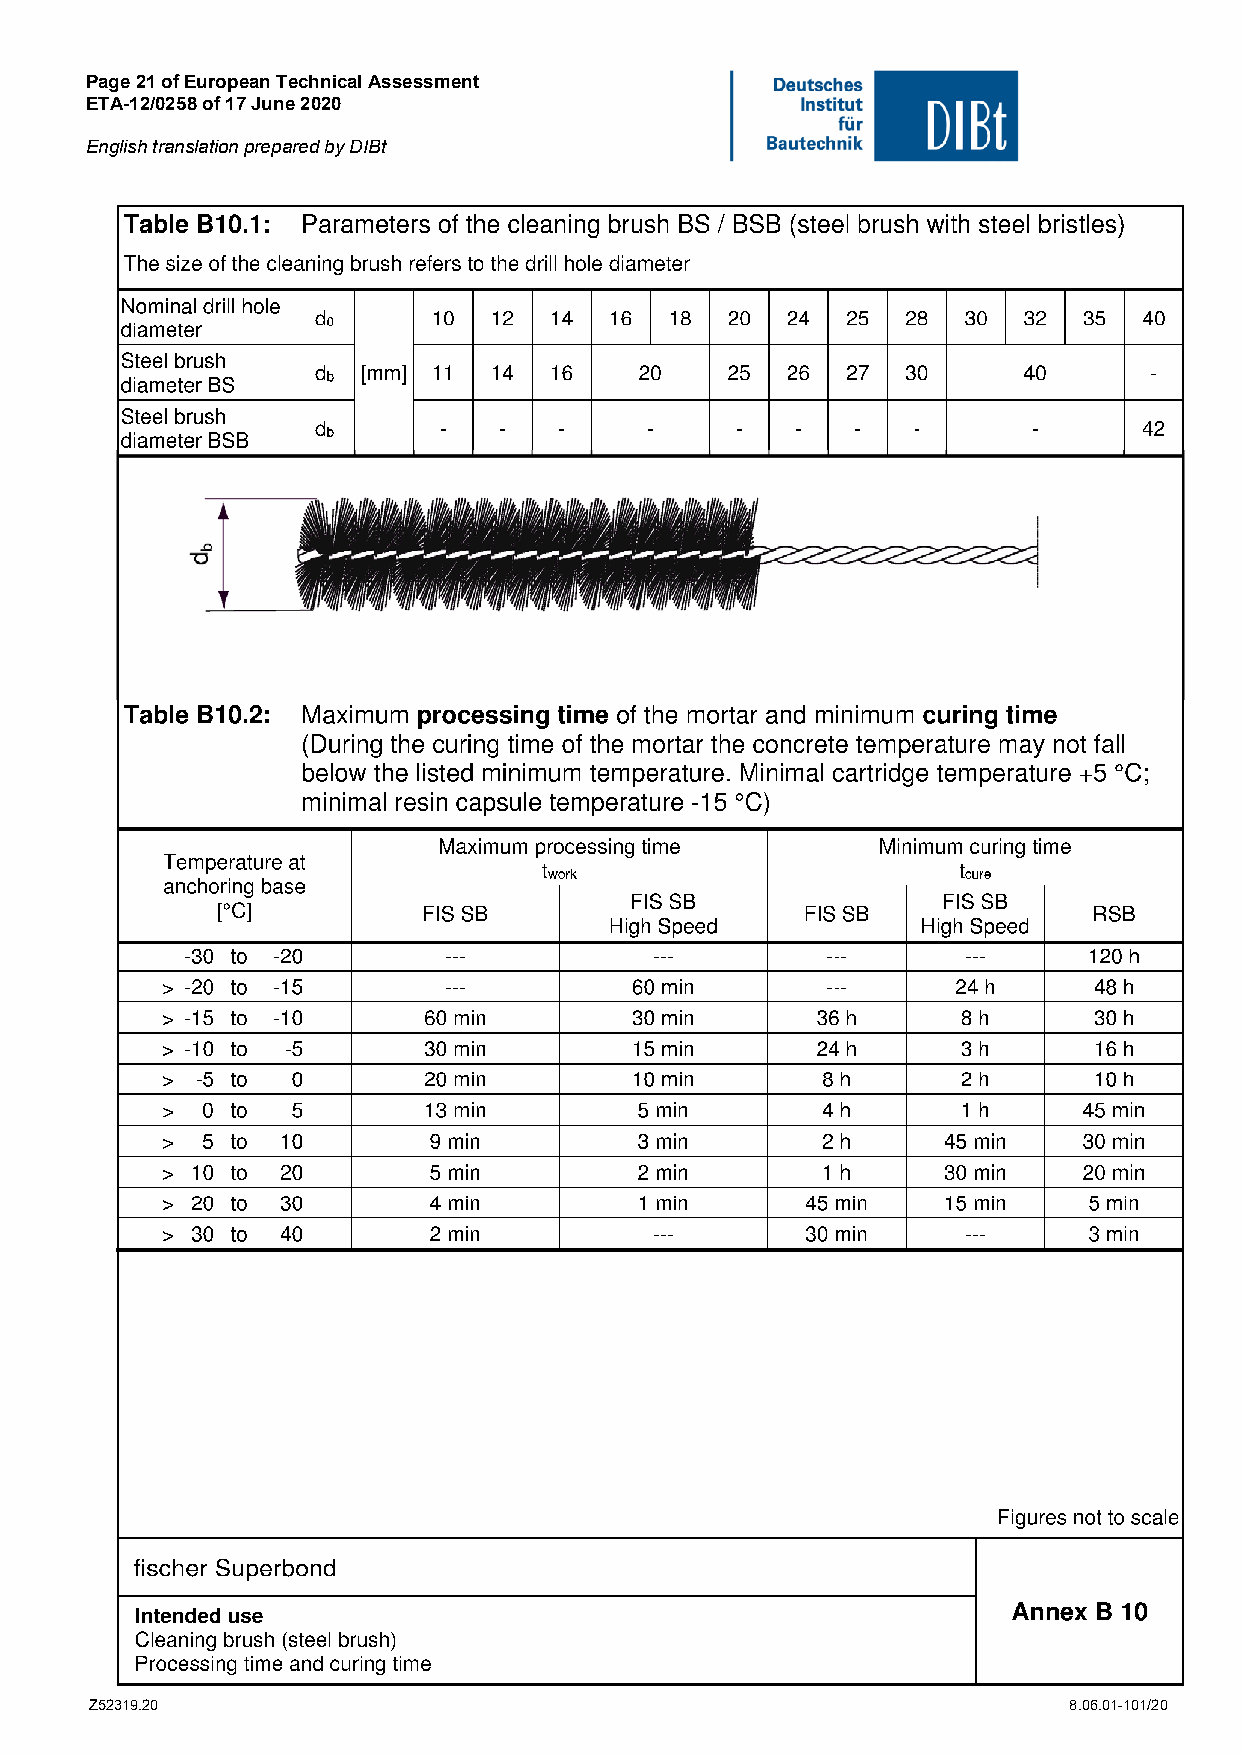
Page 21 of European Technical Assessment
 ETA-12/0258 of 17 June 2020
 English translation prepared by DIBt
 Z52319.20                                                        8.06.01-101/20